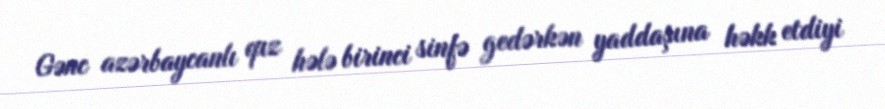
Gənc azərbaycanlı qız hələ birinci sinfə gedərkən yaddaşına həkk etdiyi